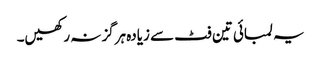
یہ لمبائی تین فٹ سے زیادہ ہرگز نہ رکھیں۔